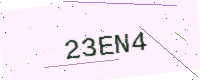
Text: 23EN4